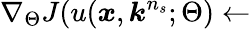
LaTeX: \nabla_{\Theta}J(u(\boldsymbol{x},\boldsymbol{k}^{n_{s}};\Theta)\leftarrow